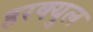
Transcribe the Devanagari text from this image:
हरक्युल